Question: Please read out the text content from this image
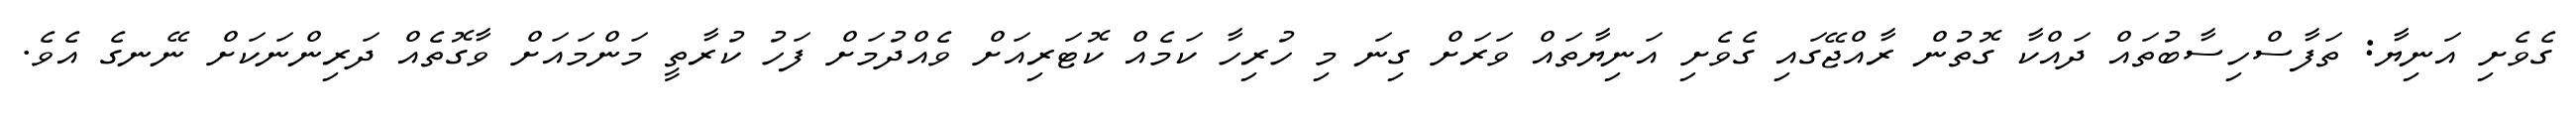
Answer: ގެވެށި އަނިޔާ: ތަފާސްހިސާބުތައް ދައްކާ ގޮތުން ރާއްޖޭގައި ގެވެށި އަނިޔާތައް ވަރަށް ގިނަ މި ހުރިހާ ކަމެއް ކޮޓަރިއަށް ވެއްދުމަށް ފަހު ކުރާތީ މަންމައަށް ވާގޮތެއް ދަރިންނަކަށް ނޭނގެ އެވެ.